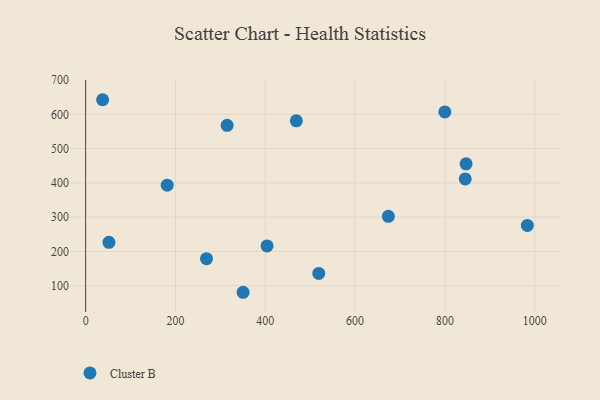
{"axis": {"x": "Price", "y": "Salary"}, "legend": ["Cluster B"], "data": [{"x": "350.6", "y": 80.7, "type": "Cluster B"}, {"x": "847.2", "y": 455.7, "type": "Cluster B"}, {"x": "404.0", "y": 215.9, "type": "Cluster B"}, {"x": "519.1", "y": 135.7, "type": "Cluster B"}, {"x": "51.8", "y": 226.6, "type": "Cluster B"}, {"x": "799.9", "y": 607.2, "type": "Cluster B"}, {"x": "181.6", "y": 393.4, "type": "Cluster B"}, {"x": "37.8", "y": 642.8, "type": "Cluster B"}, {"x": "674.1", "y": 302.4, "type": "Cluster B"}, {"x": "315.0", "y": 568.2, "type": "Cluster B"}, {"x": "469.2", "y": 581.1, "type": "Cluster B"}, {"x": "269.1", "y": 178.7, "type": "Cluster B"}, {"x": "983.7", "y": 275.8, "type": "Cluster B"}, {"x": "845.3", "y": 411.5, "type": "Cluster B"}]}